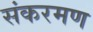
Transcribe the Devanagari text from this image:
संकरमण